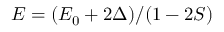
E = ( E _ { 0 } + 2 \Delta ) / ( 1 - 2 S )